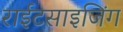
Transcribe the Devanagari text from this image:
राईटसाइजिंग